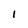
Character: l